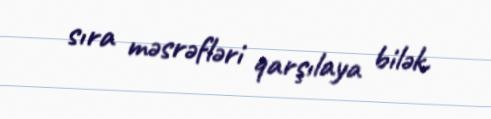
sıra məsrəfləri qarşılaya bilək.